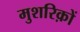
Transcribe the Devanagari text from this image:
मुशरिक़ों